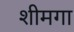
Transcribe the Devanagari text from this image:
शीमगा